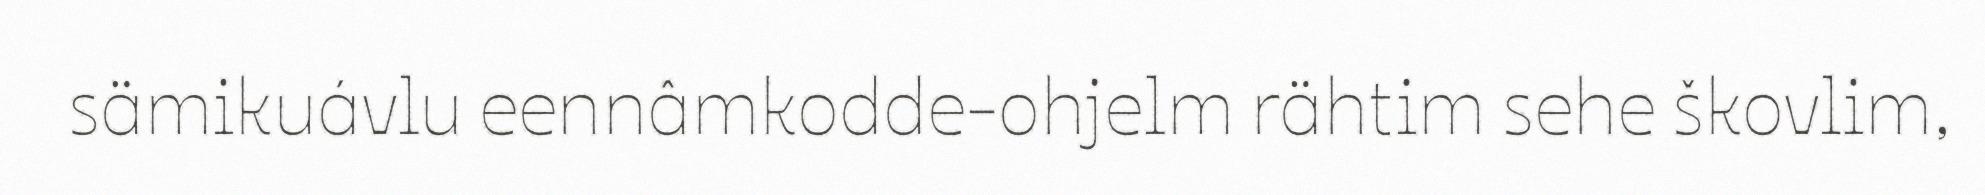
sämikuávlu eennâmkodde-ohjelm rähtim sehe škovlim,